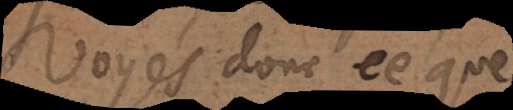
Voyés donc ce que